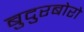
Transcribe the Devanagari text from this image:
बुदुरबोरो